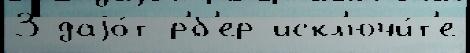
3 даjо́т р'́б'ер искл'ючи́т'е